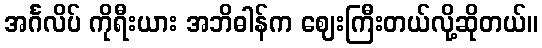
အင်္ဂလိပ် ကိုရီးယား အဘိဓါန်က ဈေးကြီးတယ်လို့ဆိုတယ်။